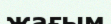
жағым